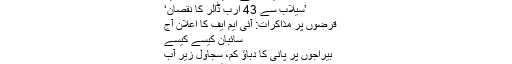
بچے سکول کب جائیں گے
’امیروں نے غریبوں کو ڈبو دیا‘
’سیلاب سے 43 ارب ڈالر کا نقصان‘
قرضوں پر مذاکرات: آئی ایم ایف کا اعلان آج
سائبان کیسے کیسے
بیراجوں پر پانی کا دباؤ کم، سجاول زیرِ آب
سیلاب متاثرین: سکولوں کی چھٹیوں میں اضافہ
’امداد کل ملے گی‘